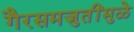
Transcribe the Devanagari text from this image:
गैरसमजुतींमुळे